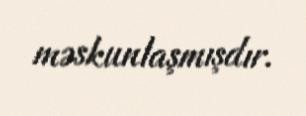
məskunlaşmışdır.